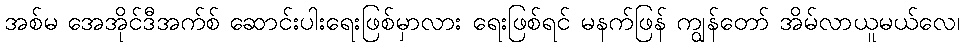
အစ်မ အေအိုင်ဒီအက်စ် ဆောင်းပါးရေးဖြစ်မှာလား ရေးဖြစ်ရင် မနက်ဖြန် ကျွန်တော် အိမ်လာယူမယ်လေ၊